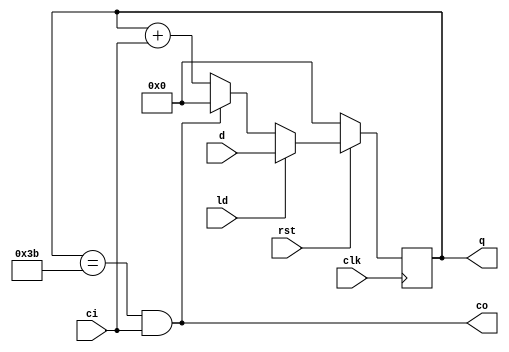
`timescale 1ns/1ns

module counter60(clk, rst, ld, d, ci, co, q);
	input        clk, rst, ld;
	input  [5:0] d;
	input        ci;
	output       co;
	output [5:0] q;
	reg    [5:0] q;
	
	always@(posedge clk) begin
		if(rst == 1'b0) begin
			q <= 6'b000000;
		end else if(ld == 1'b1) begin
			q <= d;
		end else if(q == 6'b111011 && ci == 1'b1) begin
			q <= 6'b000000;
		end else begin
			q <= q + ci;
		end
	end
	
	assign co = (q == 6'b111011 && ci == 1'b1);
endmodule